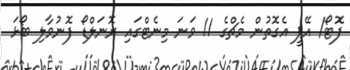
ފޮޓޯ/ އޭޕީ އެގޮތުން މެޗްގެ 11 ވަނަ މިނެޓްގައި ރޮނަލްޑޯ ފޮނުވާލި ބޯޅަ